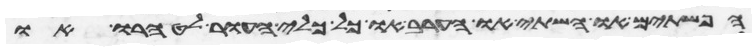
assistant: הפשתים או השתי או הערב או כל כלי העור לטהרו או